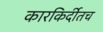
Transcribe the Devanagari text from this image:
कारकिर्दीतच